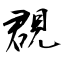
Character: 覠